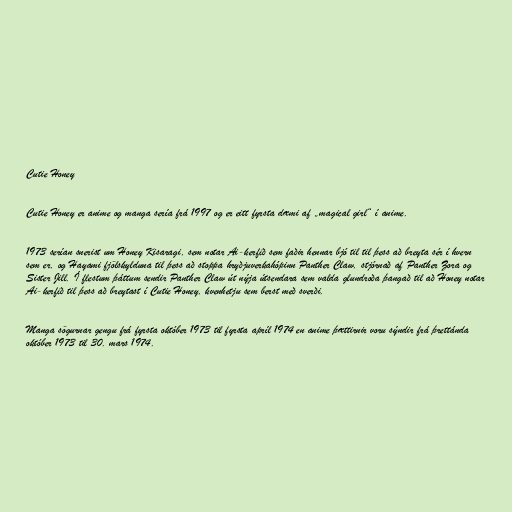
Cutie Honey

Cutie Honey er anime og manga sería frá 1997 og er eitt fyrsta dæmi af „magical girl“ í anime.

1973 serían snerist um Honey Kisaragi, sem notar Ai-kerfið sem faðir hennar bjó til til þess að breyta sér í hvern
sem er, og Hayami fjölskylduna til þess að stoppa hryðjuverkahópinn Panther Claw, stjórnað af Panther Zora og
Sister Jill. Í flestum þáttum sendir Panther Claw út nýja útsendara sem valda glundroða þangað til að Honey notar
Ai-kerfið til þess að breytast í Cutie Honey, kvenhetju sem berst með sverði.

Manga sögurnar gengu frá fyrsta október 1973 til fyrsta apríl 1974 en anime þættirnir voru sýndir frá þrettánda
október 1973 til 30. mars 1974.